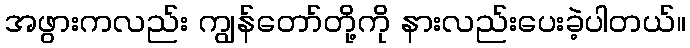
အဖွားကလည်း ကျွန်တော်တို့ကို နားလည်းပေးခဲ့ပါတယ်။